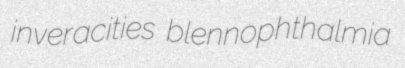
inveracities blennophthalmia